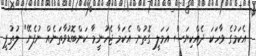
އެކަމުގެ ވާހަކަ ދެއްކިޔަސް އަމަލީ ގޮތުން އެކަމާ ޖެހުނީމާ ކަންބޮޑުވާތަނެއް ނުފެނޭ" ލުތުފީ